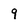
Character: 9